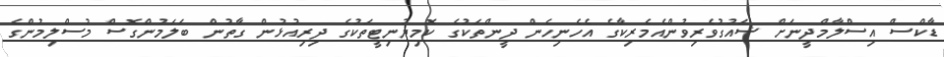
ޑާކްސް އިސްލާމްދީނަށް ޝައުގުވެރިވުންއެމެރިކާގެ އެހެނިހެން ދީންތަކުގެ ކޮމިޔުނިޓީތަކުގެ ދިރިއުޅުން ގާތުން ބަލަމުންގޮސް މުސްލިމުންގެ